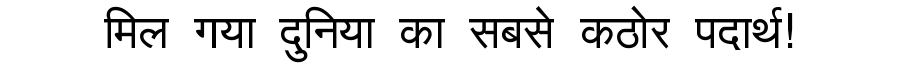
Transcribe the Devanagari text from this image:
मिल गया दुनिया का सबसे कठोर पदार्थ!